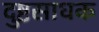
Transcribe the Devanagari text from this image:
दुष्टसाधक